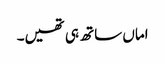
اماں ساتھ ہی تھیں۔